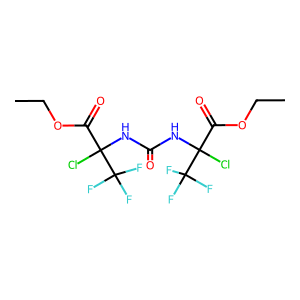
SMILES: CCOC(=O)C(Cl)(NC(=O)NC(Cl)(C(=O)OCC)C(F)(F)F)C(F)(F)F
Inhibits HIV replication: No